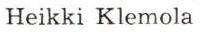
Heikki Klemola